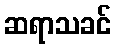
ဆရာသခင်